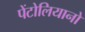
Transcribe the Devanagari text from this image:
पेंटोलियानो